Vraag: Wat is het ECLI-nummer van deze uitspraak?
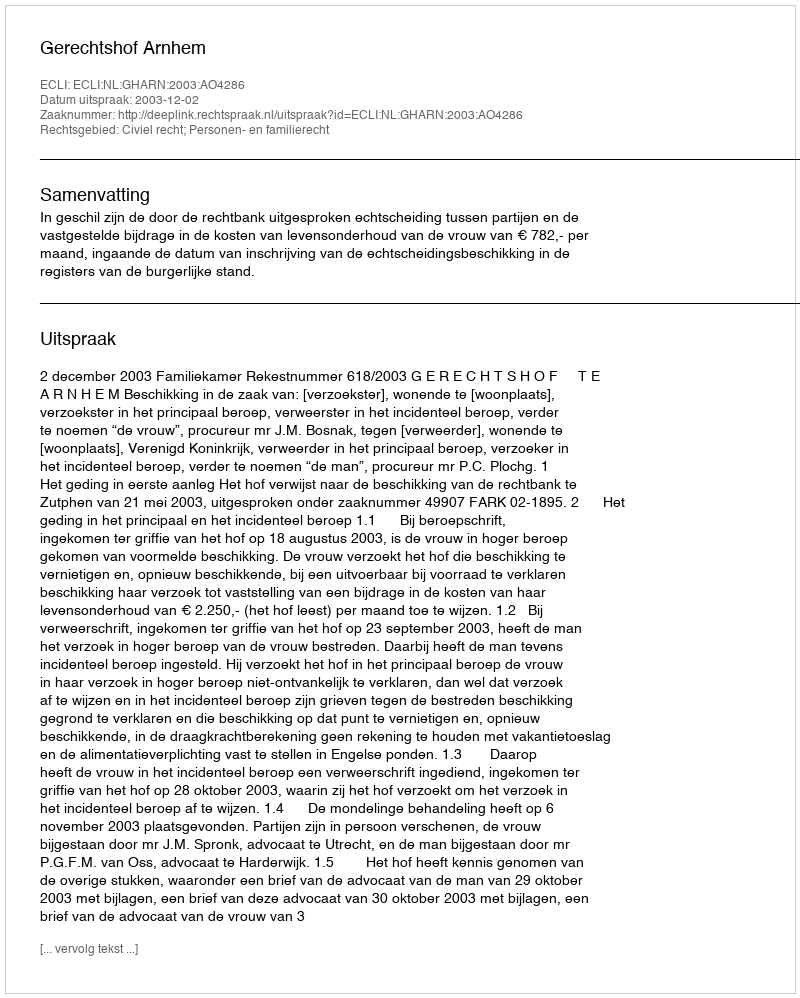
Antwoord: ECLI:NL:GHARN:2003:AO4286